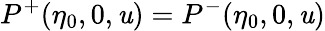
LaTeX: P^{+}(\eta_{0},0,\mathit{u})=P^{-}(\eta_{0},0,\mathit{u})